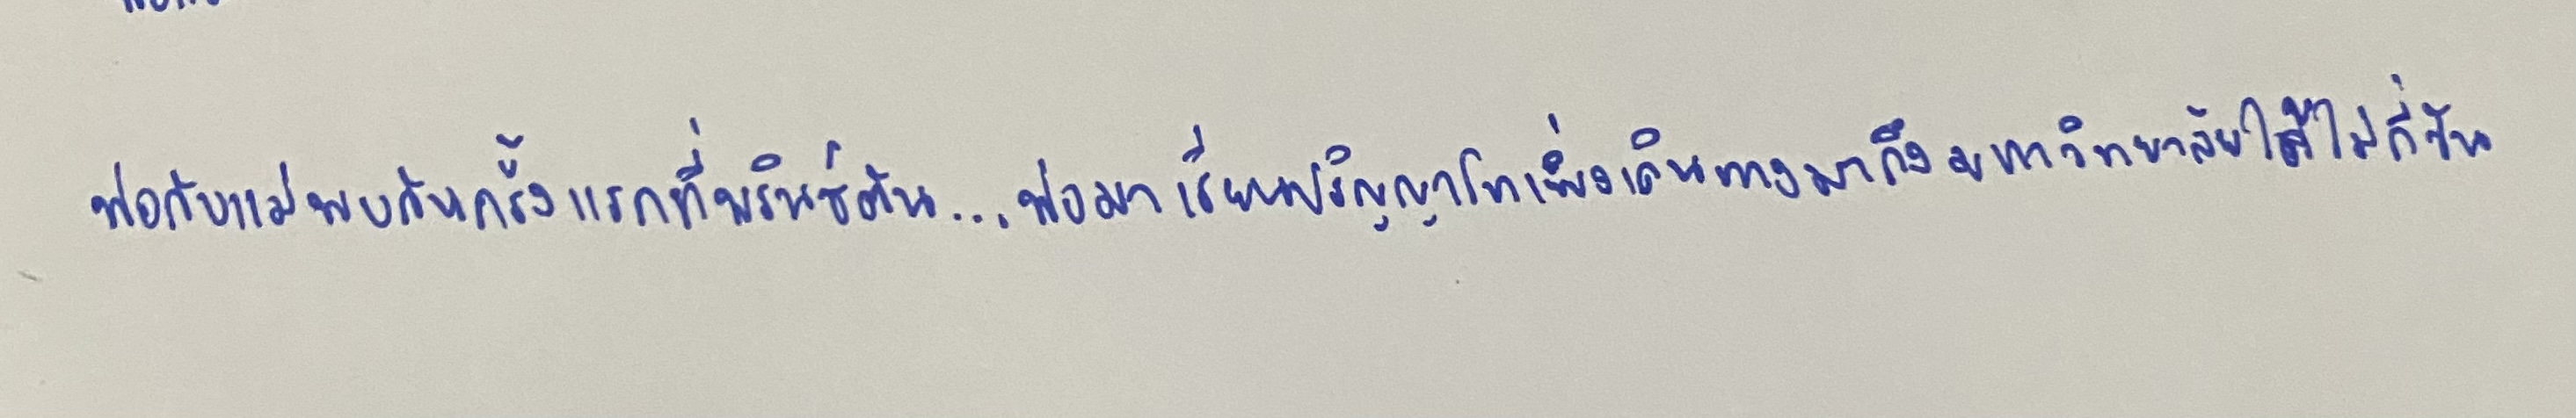
"พ่อกับแม่พบกันครั้งแรกที่พรินซ์ตัน...พ่อมาเรียนปริญญาโทเพิ่งเดินทางมาถึงมหาวิทยาลัยได้ไม่กี่วัน